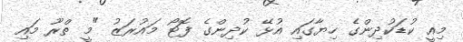
މިއީ ކުޑަކުދިންގެ ހިޔާގައި އުޅޭ ކުދިންގެ ފޮޓޯ މައުރަޒު "މީ ތްރޫ މައި